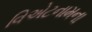
વિએટનામના